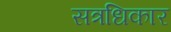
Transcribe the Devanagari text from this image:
सत्रधिकार